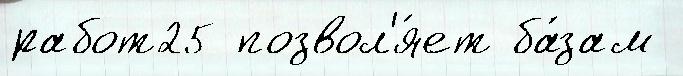
работ25 позвол'я́ет ба́зам